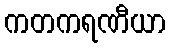
ကတကရဏီယာ